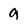
Character: 9